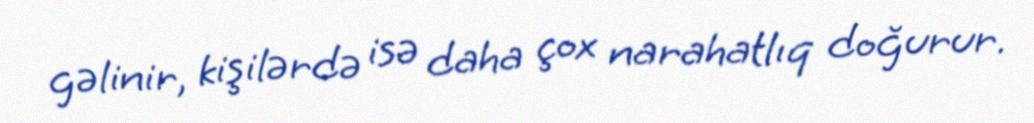
gəlinir, kişilərdə isə daha çox narahatlıq doğurur.